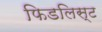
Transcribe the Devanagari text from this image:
फिडलिस्ट